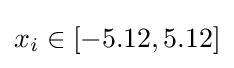
x_{i}\in [-5.12,5.12]